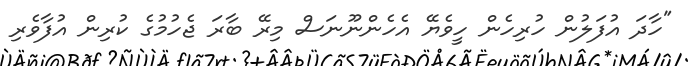
"ހާދަ އުފަލުން ހުރިހެން ހީވެޔޭ އެހެންނޫނަސް މިރޭ ބާރަ ޖެހުމުގެ ކުރިން އުފާވެރި